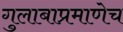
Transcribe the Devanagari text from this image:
गुलाबाप्रमाणेच